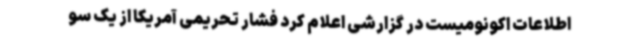
اطلاعات اکونومیست در گزارشی اعلام کرد فشار تحریمی آمریکا از یک سو